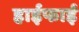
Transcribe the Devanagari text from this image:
हाईफाई